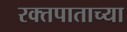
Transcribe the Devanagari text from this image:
रक्तपाताच्या